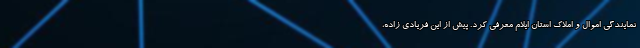
نمایندگی اموال و املاک استان ایلام معرفی کرد. پیش از این فریادی زاده،